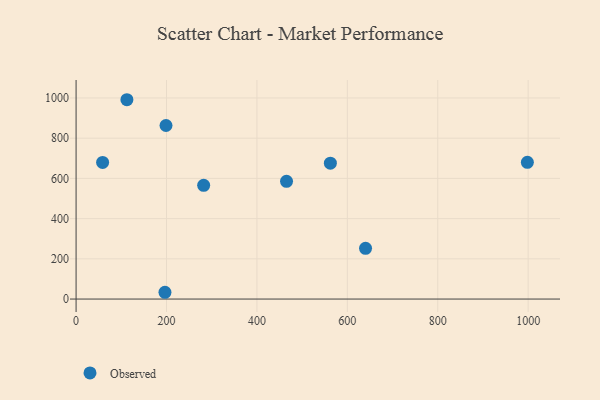
{"axis": {"x": "Price", "y": "Salary"}, "legend": ["Observed"], "data": [{"x": "465.5", "y": 585.2, "type": "Observed"}, {"x": "198.9", "y": 862.9, "type": "Observed"}, {"x": "562.5", "y": 675.5, "type": "Observed"}, {"x": "998.3", "y": 679.6, "type": "Observed"}, {"x": "58.7", "y": 679.1, "type": "Observed"}, {"x": "640.3", "y": 252.1, "type": "Observed"}, {"x": "282.2", "y": 565.5, "type": "Observed"}, {"x": "196.6", "y": 33.7, "type": "Observed"}, {"x": "112.4", "y": 991.1, "type": "Observed"}]}